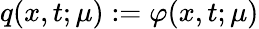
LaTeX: q(x,t;\mu):=\varphi(x,t;\mu)